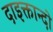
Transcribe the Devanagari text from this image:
दाइक्तान्दो